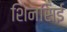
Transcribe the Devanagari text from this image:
शिनसिई